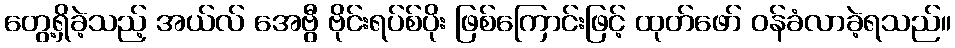
တွေ့ရှိခဲ့သည့် အယ်လ် အေဗွီ ဗိုင်းရပ်စ်ပိုး ဖြစ်ကြောင်းဖြင့် ထုတ်ဖော် ဝန်ခံလာခဲ့ရသည်။